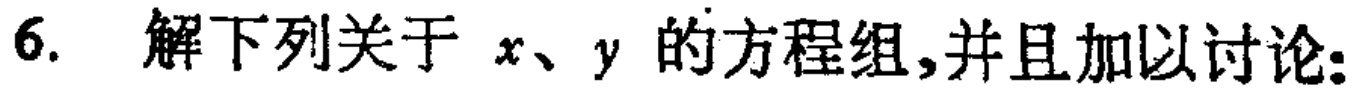
6. 解下列关于 \(x、y\) 的方程组，并且加以讨论：